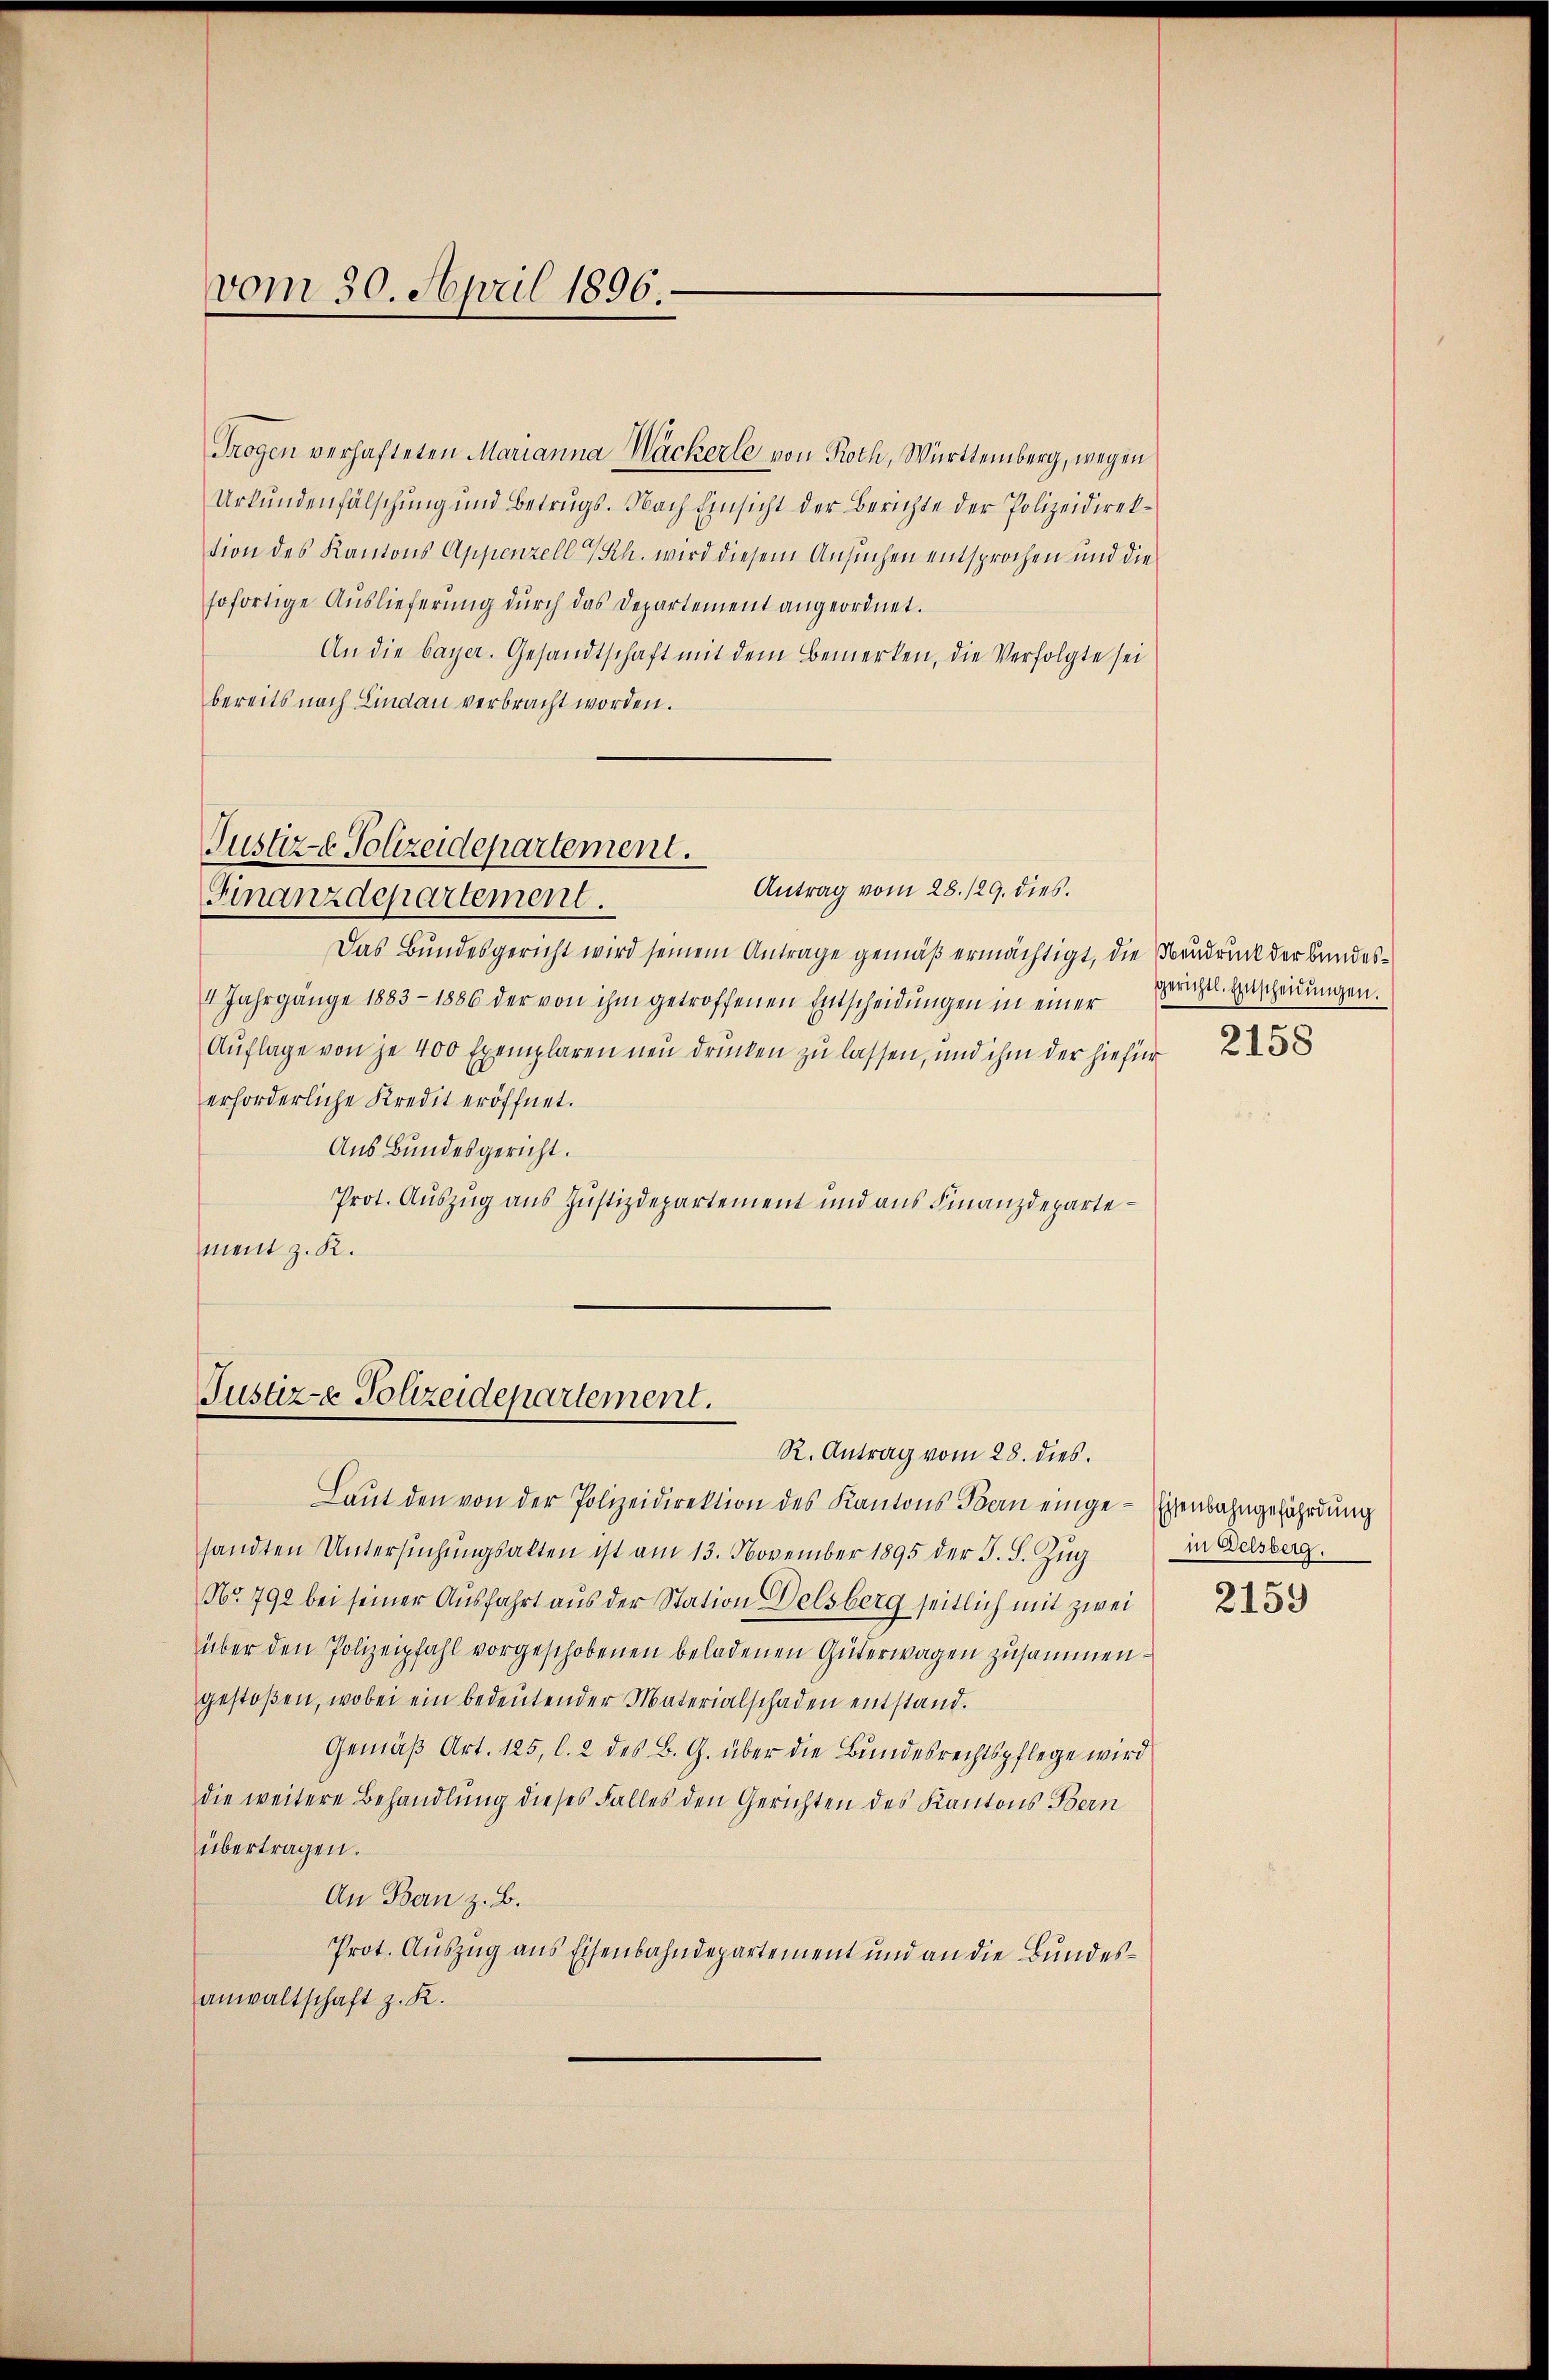
Trogen verhafteten Marianna Wäckerle von Roth, Württemberg, wegen
Urkŭndenfälschŭng und Betrugs. Nach Einsicht der Berichte der Polizeidirek-
tion des Kantons Appenzell a/Rh. wird diesem Ansuchen entsprochen und die
sofortige Auslieferung durch das Departement angeordnet.
An die bayer. Gesandtschaft mit dem Bemerken, die Verfolgte sei
bereits nach Lindau verbracht worden.

vom 30. April 1896.

Das Bundesgericht wird seinem Antrage gemäß ermächtigt, die Neudruck der Bundes¬
4 Jahrgänge 1883-1886 der von ihm getroffenen Entscheidŭngen in einer
Auflage von je 400 Exemplaren neu drücken zu lassen, und ihm der hiefür
erforderliche Kredit eröffnet.
Aus Bundesgericht.
Prot. Auszug aus Justizdepartement und aus Finanzdepartement z. R.

Justiz- Polizeidepartement.
Finanzdepartement.

Justiz- Polizeidepartement.

R. Antrag vom 28. dies.
Laŭt den von der Polizeidirektion des Kantons Bern einge-Eisenbahngefährdung
sandten Untersŭchŭngsakten ist am 13. November 1895 der F. S. Zŭg
No 792 bei seiner Ausfahrt aus der Station Delsberg seitlich mit zwei
über den Polizeipfahl vorgeschobenen beladenen Güterwagen zusammengestoßen, wobei ein bedeŭtender Materialschaden entstand.
Gemäß Art. 125, l. 2 des B. G. über die Bundesrechtspflege wird
die weitere Behandlung dieses Falles den Gerichten des Kantons Bern
übertragen.
An Ban z. B.
Prot. Auszug aus Eisenbahndepartement und an die Bundesanwaltschaft z. R.

Antrag vom 28./29. dies

gerichtl. Entscheidungen.
2158

in Delsberg.

2159